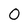
Character: 0